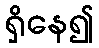
ရှိနေ၍